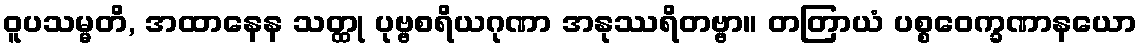
ဝူပသမ္မတိ, အထာနေန သတ္ထု ပုဗ္ဗစရိယဂုဏာ အနုဿရိတဗ္ဗာ။ တတြာယံ ပစ္စဝေက္ခဏာနယော